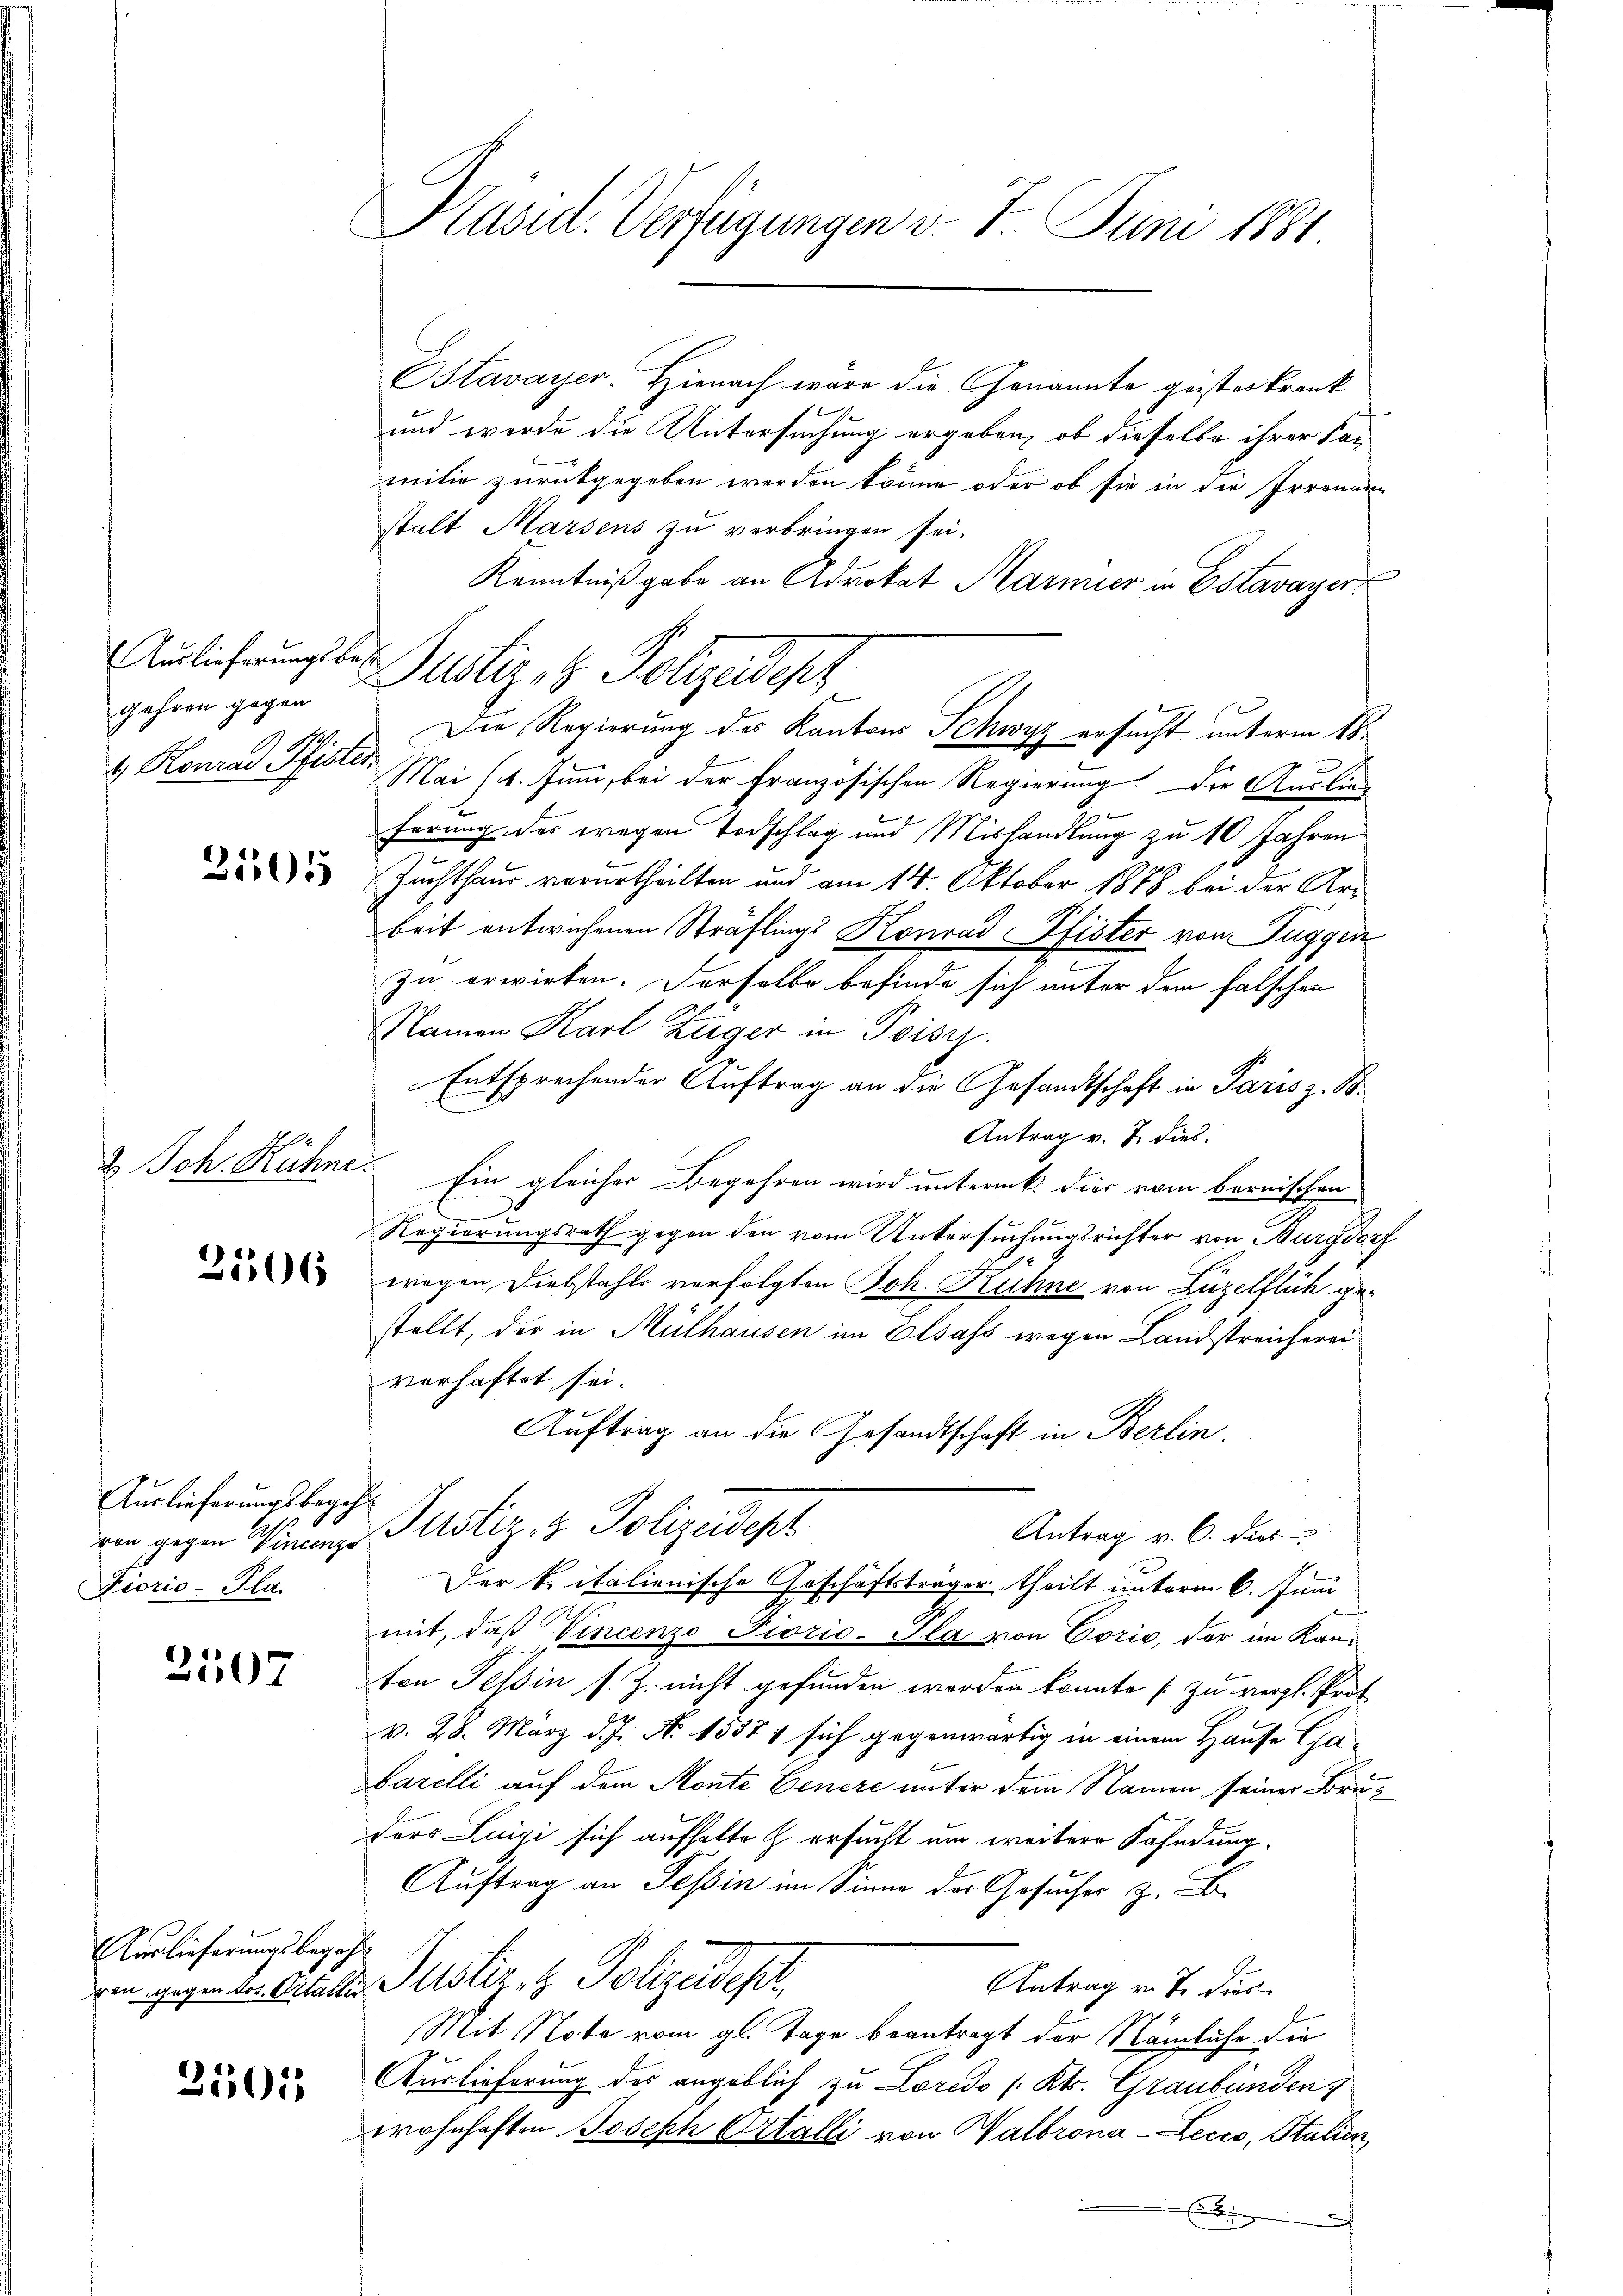
gehren gegen
4. Konrad Pfister

2505

2 Joh. Hühne.

2506

Auslieferungsbegehr
von gegen Vincenze
Fioric-Pla.

2507

Auslieferungsbegehr

31015

Präsid. Verfügungen v. 7. Juni 1881.

Ostavayer. Hienach wäre die Genannte geisteskrank
und werde die Untersuchung ergeben, ob dieselbe ihrer Sanmitiv zurückgegeben werden könne, oder ob sie in die Irrenann
stalt Marsens zu verbringen sei.
Kenntnißgabe an Advokat Marmier in Estavayer
Mai (4. Juni, bei der Französischen Regierung die Auslieg
ferung des wegen Todschlag und Mishandlung zu 10 Jahren
Zuchthaus verurtheilten und am 14. Oktober 1878 bei der Arbeit entwichenen Straflings Konrad Pfister von Tuggen
zu erwirken. Derselbe befinde sich unter dem falschen
Namen Karl Züger in Poiszy.
Entsprechender Auftrag an die Gesandtschaft in Paris z. B.
Antrag v. J. dies
Ein gleicher Begehren wird unterm 6. dies vom bernischen
.
Regierungsrath gegen den vom Untersuchungsrichter von Burgdorf
.
wegen Diebstahls verfolgten Joh. Rühne von Luzelflich gestellt, der in Mülhausen im Elsass wegen Landstreichereiverhaftet sei.
Auftrag an die Gesandtschaft in Berlin.
Justiz- & Polizeidept
Antrag v. C. dies
Der beitalienische Geschäftsträger theilt unterm 6. Juni
mit, daß Vincenzo Fiorio-Gla von Coris, der im Kanton Tessin s. Z. nicht gefunden worden könnte zu vergl. Prot
v. 28. März d. J. N. 1337/ sich gegenwärtig in einem Hause Gabarelli auf dem Monte Genere unter dem Namen seiner Bruders Luigi sich aufhalte ersucht um weitere Fahndung¬
Auftrag an Tessin an Sinne des Gesuches z. B.
ren gegen der Ostalten Justiz & Polizeidest
Antrag v. J. dies
Mit Note vom gl. Tage beantragt der Nämliche die
Auslieferung des angeblich zu Loredo /: Kts. Graubünden
wohnhaften Joseph Ortalli von Halbrona-Lecco, Italien

ulicherung der Justiz- & Polizeidenz

Die Regierung des Kantons Schwyz ersucht unterm 18.